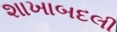
શાખાબદલી